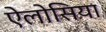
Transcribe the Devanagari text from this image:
ऐलोसिया